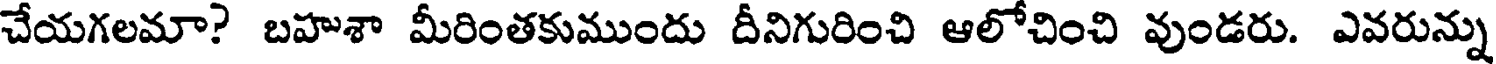
చేయగలమా? బహశా మీరింతకుముందు దీనిగురించి ఆలోచించి వుండరు. ఎవరున్ను